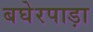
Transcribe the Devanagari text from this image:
बघेरपाड़ा